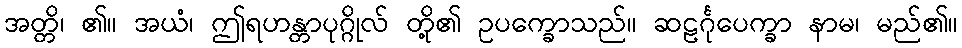
အတ္တိ၊ ၏။ အယံ၊ ဤရဟန္တာပုဂ္ဂိုလ် တို့၏ ဥပက္ခောသည်။ ဆဠင်္ဂုပေက္ခာ နာမ၊ မည်၏။